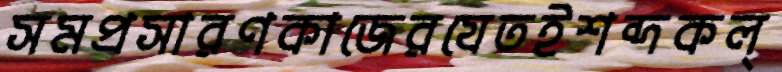
সমপ্রসারণকাজেরযেতইশব্দকল্